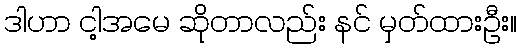
ဒါဟာ ငါ့အမေ ဆိုတာလည်း နင် မှတ်ထားဦး။